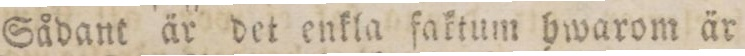
Sådant är det enkla faktum hwarom är